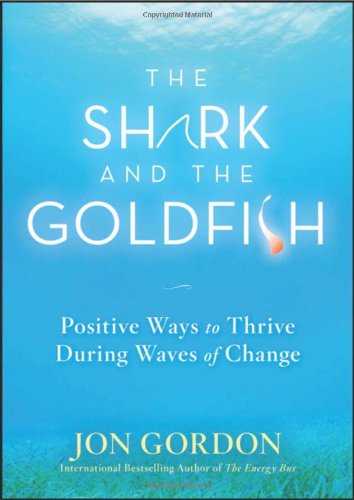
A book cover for The Shark and the Goldfish: Positive Ways to Thrive During Waves of Change; Jon Gordon; Business & Money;